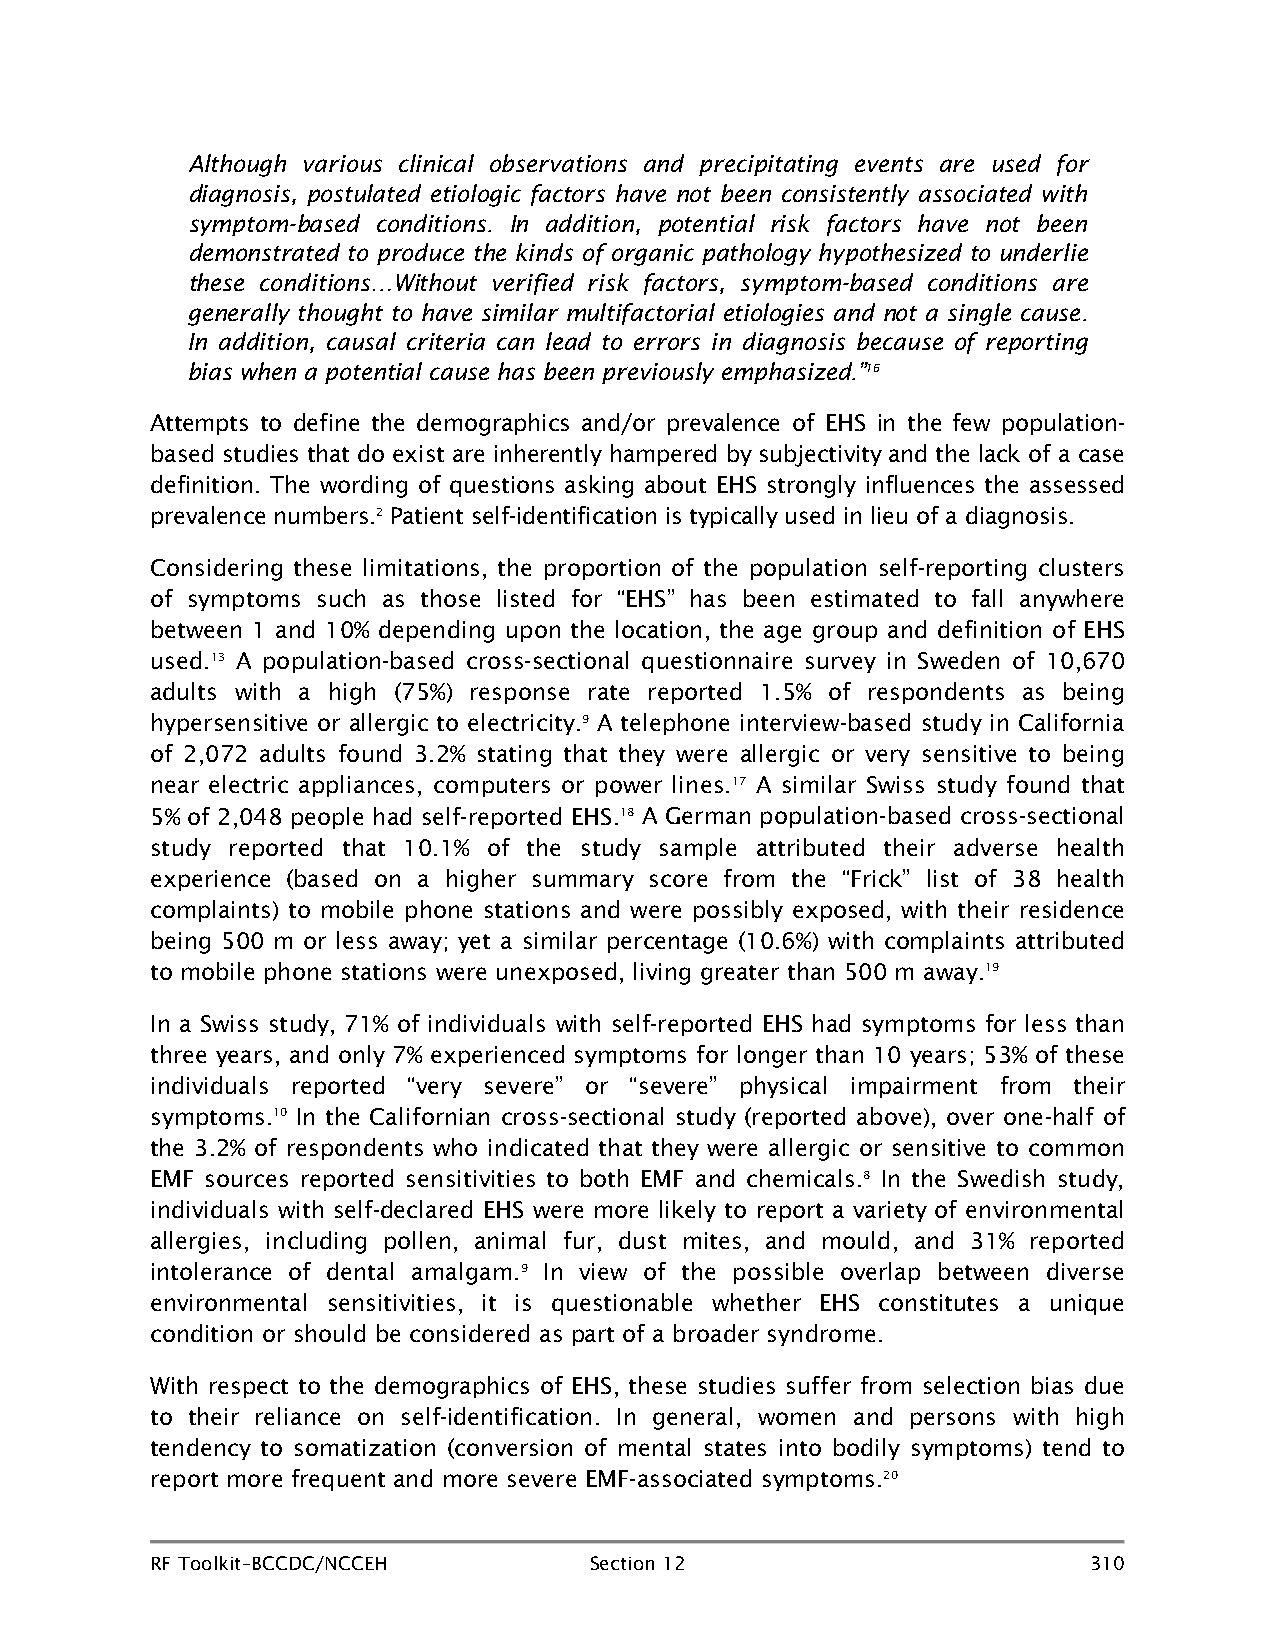
Although various clinical observations and precipitating events are used for
 diagnosis, postulated etiologic factors have not been consistently associated with
 symptom-based conditions. In addition, potential risk factors have not been
 demonstrated to produce the kinds of organic pathology hypothesized to underlie
 these conditions…Without verified risk factors, symptom-based conditions are
 generally thought to have similar multifactorial etiologies and not a single cause.
 In addition, causal criteria can lead to errors in diagnosis because of reporting
 bias when a potential cause has been previously emphasized.”16
 Attempts to define the demographics and/or prevalence of EHS in the few population-
 based studies that do exist are inherently hampered by subjectivity and the lack of a case
 definition. The wording of questions asking about EHS strongly influences the assessed
 prevalence numbers.2 Patient self-identification is typically used in lieu of a diagnosis.
 Considering these limitations, the proportion of the population self-reporting clusters
 of symptoms such as those listed for “EHS” has been estimated to fall anywhere
 between 1 and 10% depending upon the location, the age group and definition of EHS
 used.13 A population-based cross-sectional questionnaire survey in Sweden of 10,670
 adults with a high (75%) response rate reported 1.5% of respondents as being
 hypersensitive or allergic to electricity.9 A telephone interview-based study in California
 of 2,072 adults found 3.2% stating that they were allergic or very sensitive to being
 near electric appliances, computers or power lines.17 A similar Swiss study found that
 5% of 2,048 people had self-reported EHS.18 A German population-based cross-sectional
 study reported that 10.1% of the study sample attributed their adverse health
 experience (based on a higher summary score from the “Frick” list of 38 health
 complaints) to mobile phone stations and were possibly exposed, with their residence
 being 500 m or less away; yet a similar percentage (10.6%) with complaints attributed
 to mobile phone stations were unexposed, living greater than 500 m away.19
 In a Swiss study, 71% of individuals with self-reported EHS had symptoms for less than
 three years, and only 7% experienced symptoms for longer than 10 years; 53% of these
 individuals reported “very severe” or “severe” physical impairment from their
 symptoms.10 In the Californian cross-sectional study (reported above), over one-half of
 the 3.2% of respondents who indicated that they were allergic or sensitive to common
 EMF sources reported sensitivities to both EMF and chemicals.8 In the Swedish study,
 individuals with self-declared EHS were more likely to report a variety of environmental
 allergies, including pollen, animal fur, dust mites, and mould, and 31% reported
 intolerance of dental amalgam.9 In view of the possible overlap between diverse
 environmental sensitivities, it is questionable whether EHS constitutes a unique
 condition or should be considered as part of a broader syndrome.
 With respect to the demographics of EHS, these studies suffer from selection bias due
 to their reliance on self-identification. In general, women and persons with high
 tendency to somatization (conversion of mental states into bodily symptoms) tend to
 report more frequent and more severe EMF-associated symptoms.20
 RF Toolkit–BCCDC/NCCEH       Section 12                       310